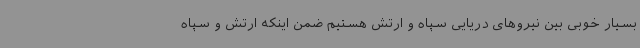
بسیار خوبی بین نیروهای دریایی سپاه و ارتش هستیم ضمن اینکه ارتش و سپاه